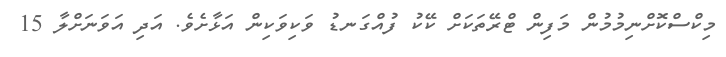
މިކްސްކޮށްނިމުމުން މަފިން ޓްރޭތަކަށް ކޭކު ފުއްގަނޑު ވަކިވަކިން އަޅާށެވެ. އަދި އަވަނަށްލާ 15